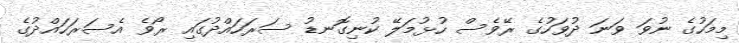
މިމަހުގެ ނުވަ ވަނަ ދުވަހުގެ ރޭވެސް ހުޅުމަލޭ ކުނިގޮނޑު ސަރަހައްދުގައި ރޯވެ އެސަރަހައްދުގެ